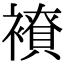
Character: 𧝭